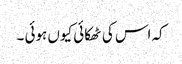
کہ اس کی ٹھکائی کیوں ہوئی ۔